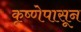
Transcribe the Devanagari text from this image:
कृष्णेपासून